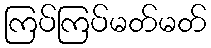
ကြပ်ကြပ်မတ်မတ်